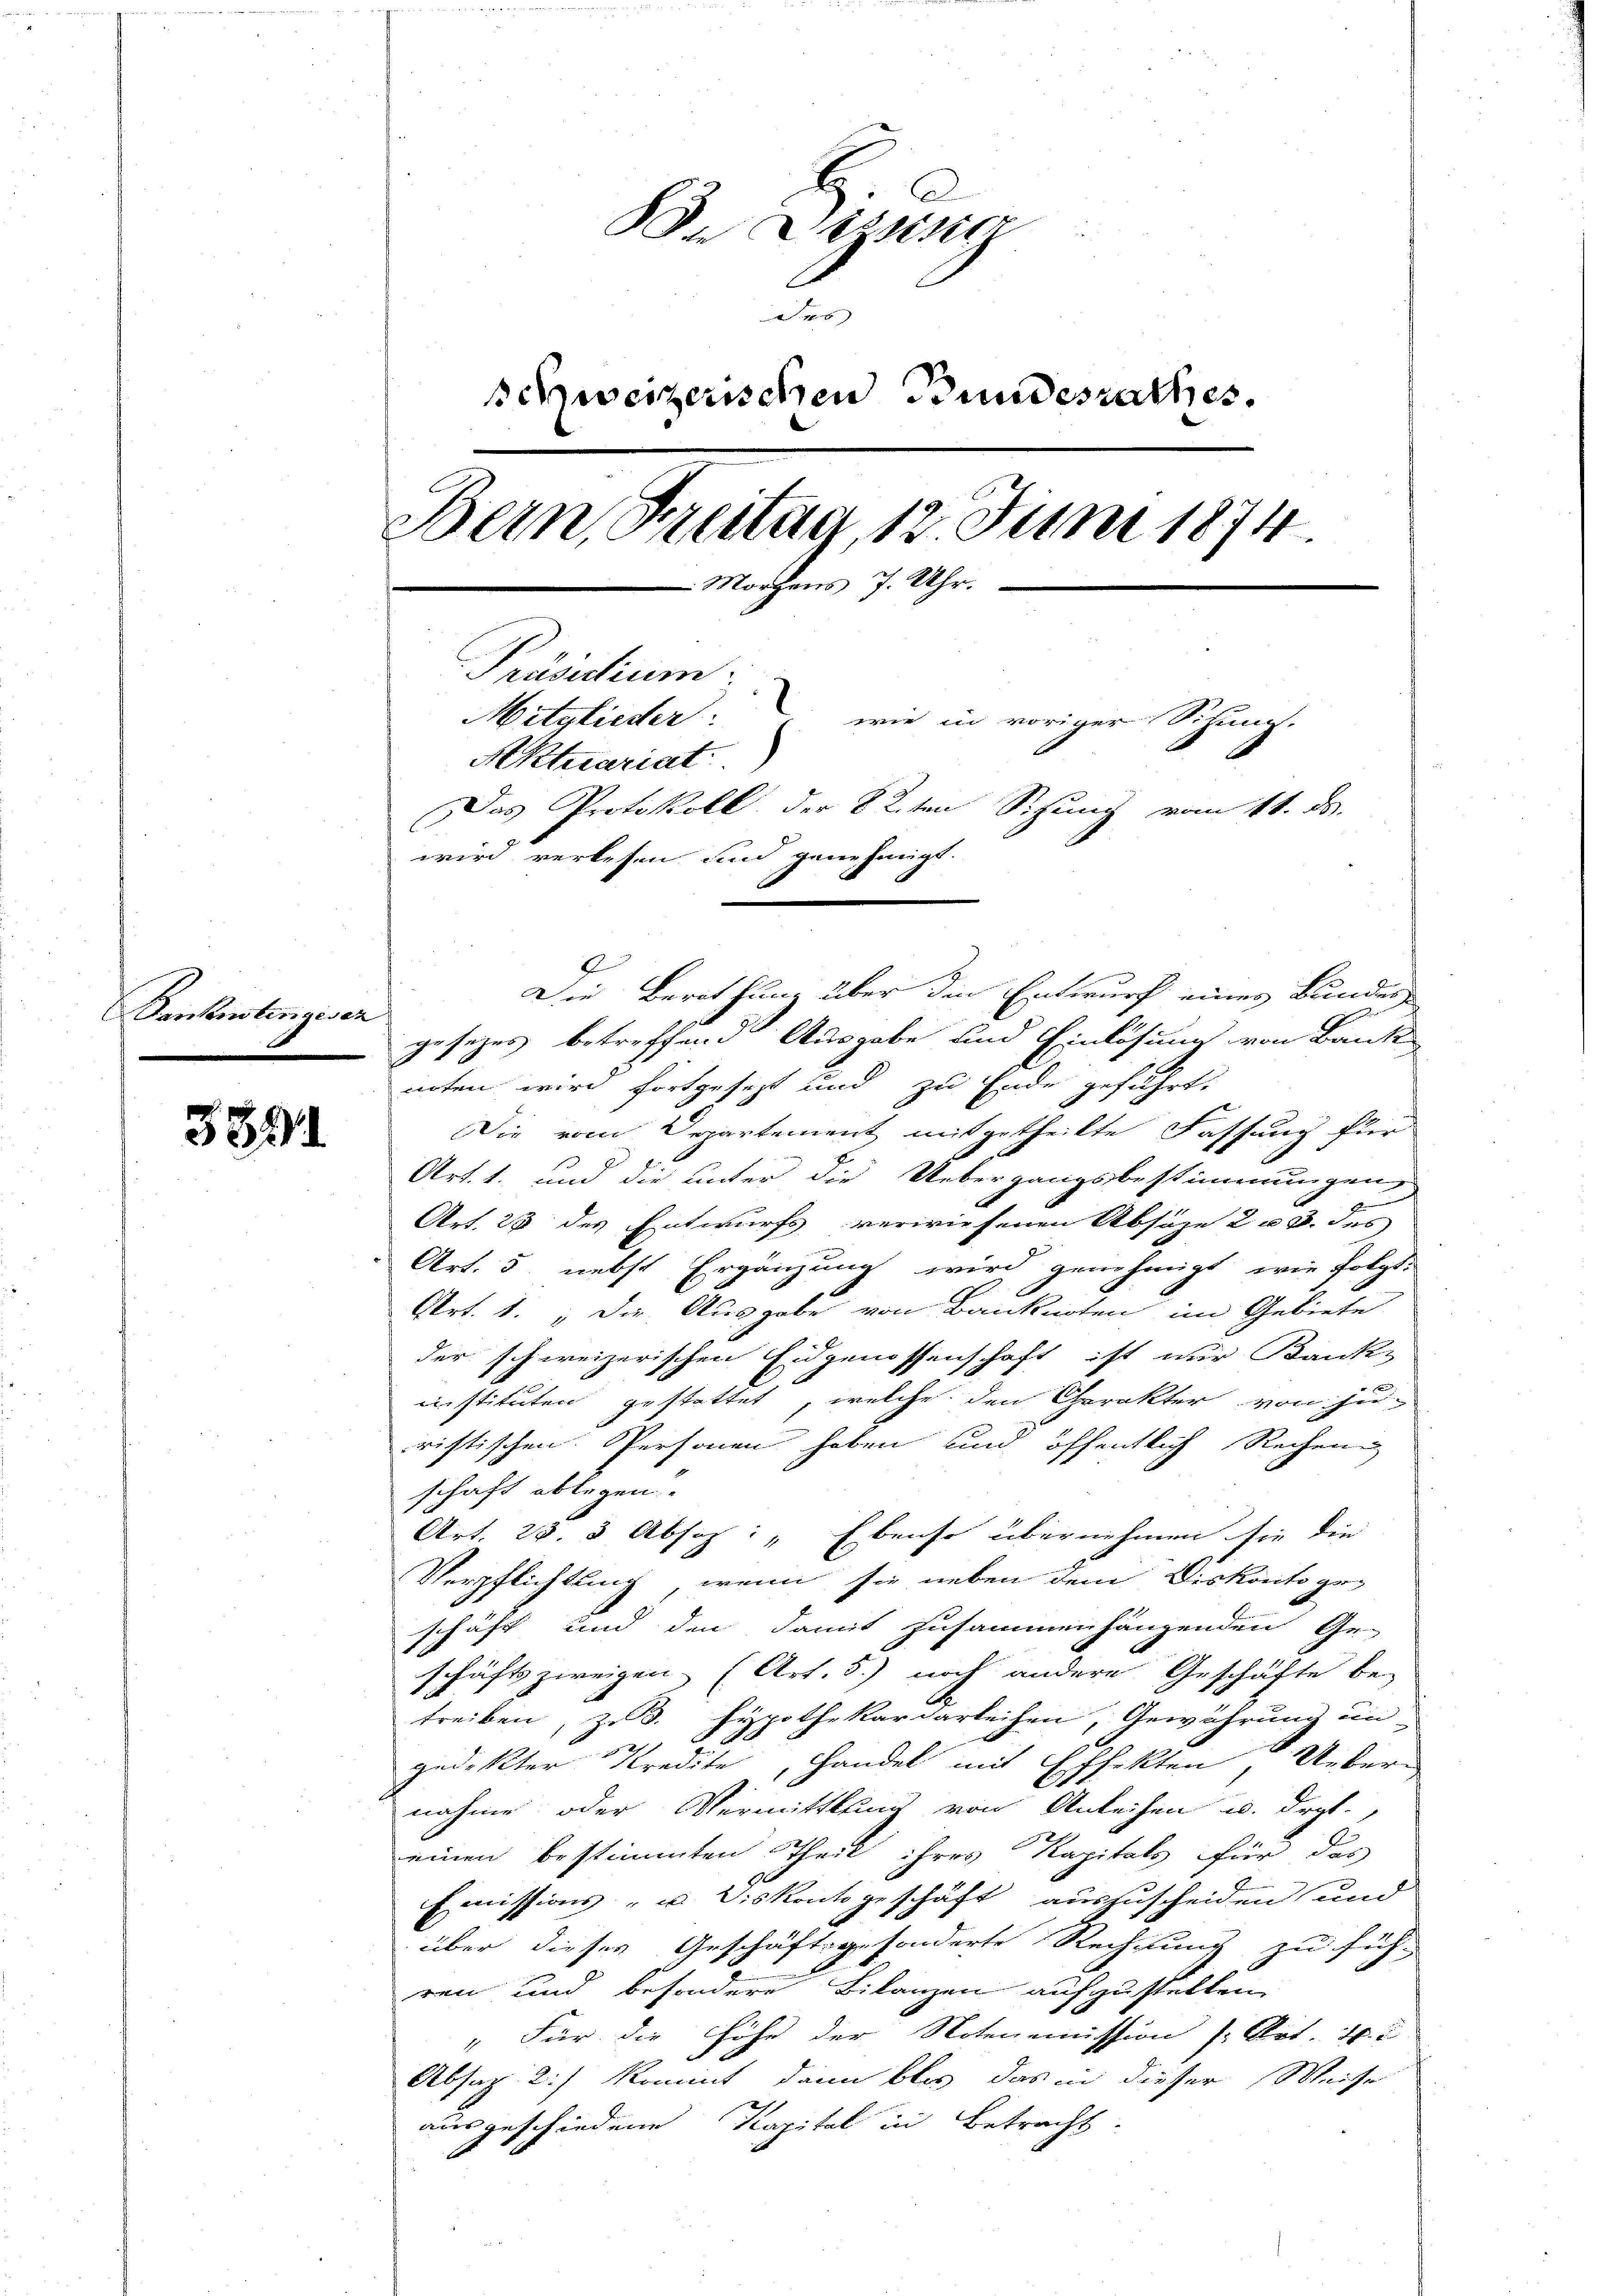
Panknotenziser

3391

In Lizisc
Jrs
schweizerischen Bundesrathes.
Bern, Freitag, 12. Juni 1874
 Morgens 7. Uhr.
Präsidium.
Mitglieder: wie in voriger Sichung.
Aktuariat
Das Protokoll der 82.ten Sitzung vom 11. ds.
wird verlesen und genehmigt.

Die Berathung über den Entwurf eines Bundes
gesezes betreffend Ausgabe und Einlösung von Baute
noten wird fortgesezt und zu Ende geführt.
Die vom Departement mitgetheilte Fassung für
Art. 1. und die unter die Uebergangsbestimmungen
Art. 23 des Entwurfs verwiesenen Absage 2 u 3. des
Art. 5. nebst Ergänzung wird genehmigt, wie folgt.
Art. 18. die Ausgabe von Banknoten im Gebiete
der schweizerischen Eidgenossenschaft ist nur Bankz
instituten gestattet, welche den Charakter von ju-
ristischen Personen haben und öffentlich Rechnung
schaft ablegen.
Art. 28. 3 Absoz: „Ebenso übernehmen sie die
Verpflichtung, wenn sie neben dem Diskonto ge-
schäft und den damit zusammenhängenden Ge-
schäft zweigen (Art. 5.) noch andere Geschäfte be-
treiben, zu 3. Hypothekardarleihen, Gewährung un
gedeckter Kredite, Handel mit Effekten d. Weber-
nahme oder Vermittlung von Anleihen u. drgl.,
einen bestimmten Theil ihres Kapitals für das
Emissions- u. Diskontogeschäft auszuscheiden und
über dieses Geschäftsgesonderte Rechnung zu füh-
ren und besondere Bilanzen aufzustellen.
" Für die Höhe der Notenemission (Art. 4.
Absag: 2.) kommt, dann blos das in dieser Weise
ausgeschiedene Kapital in Betracht

E